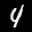
Label: 4